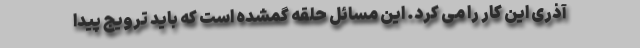
آذری این کار را می کرد. این مسائل حلقه گمشده است که باید ترویج پیدا